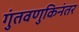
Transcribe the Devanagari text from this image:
गुंतवणुकिनंतर